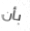
بأن